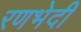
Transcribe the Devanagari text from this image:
रणभेदी